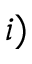
i )